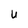
Character: U